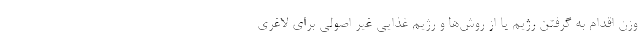
وزن اقدام به گرفتن رژیم یا از روش‌ها و رژیم غذایی غیر اصولی برای لاغری